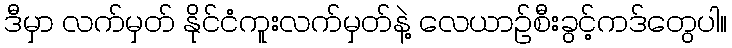
ဒီမှာ လက်မှတ် နိုင်ငံကူးလက်မှတ်နဲ့ လေယာဉ်စီးခွင့်ကဒ်တွေပါ။